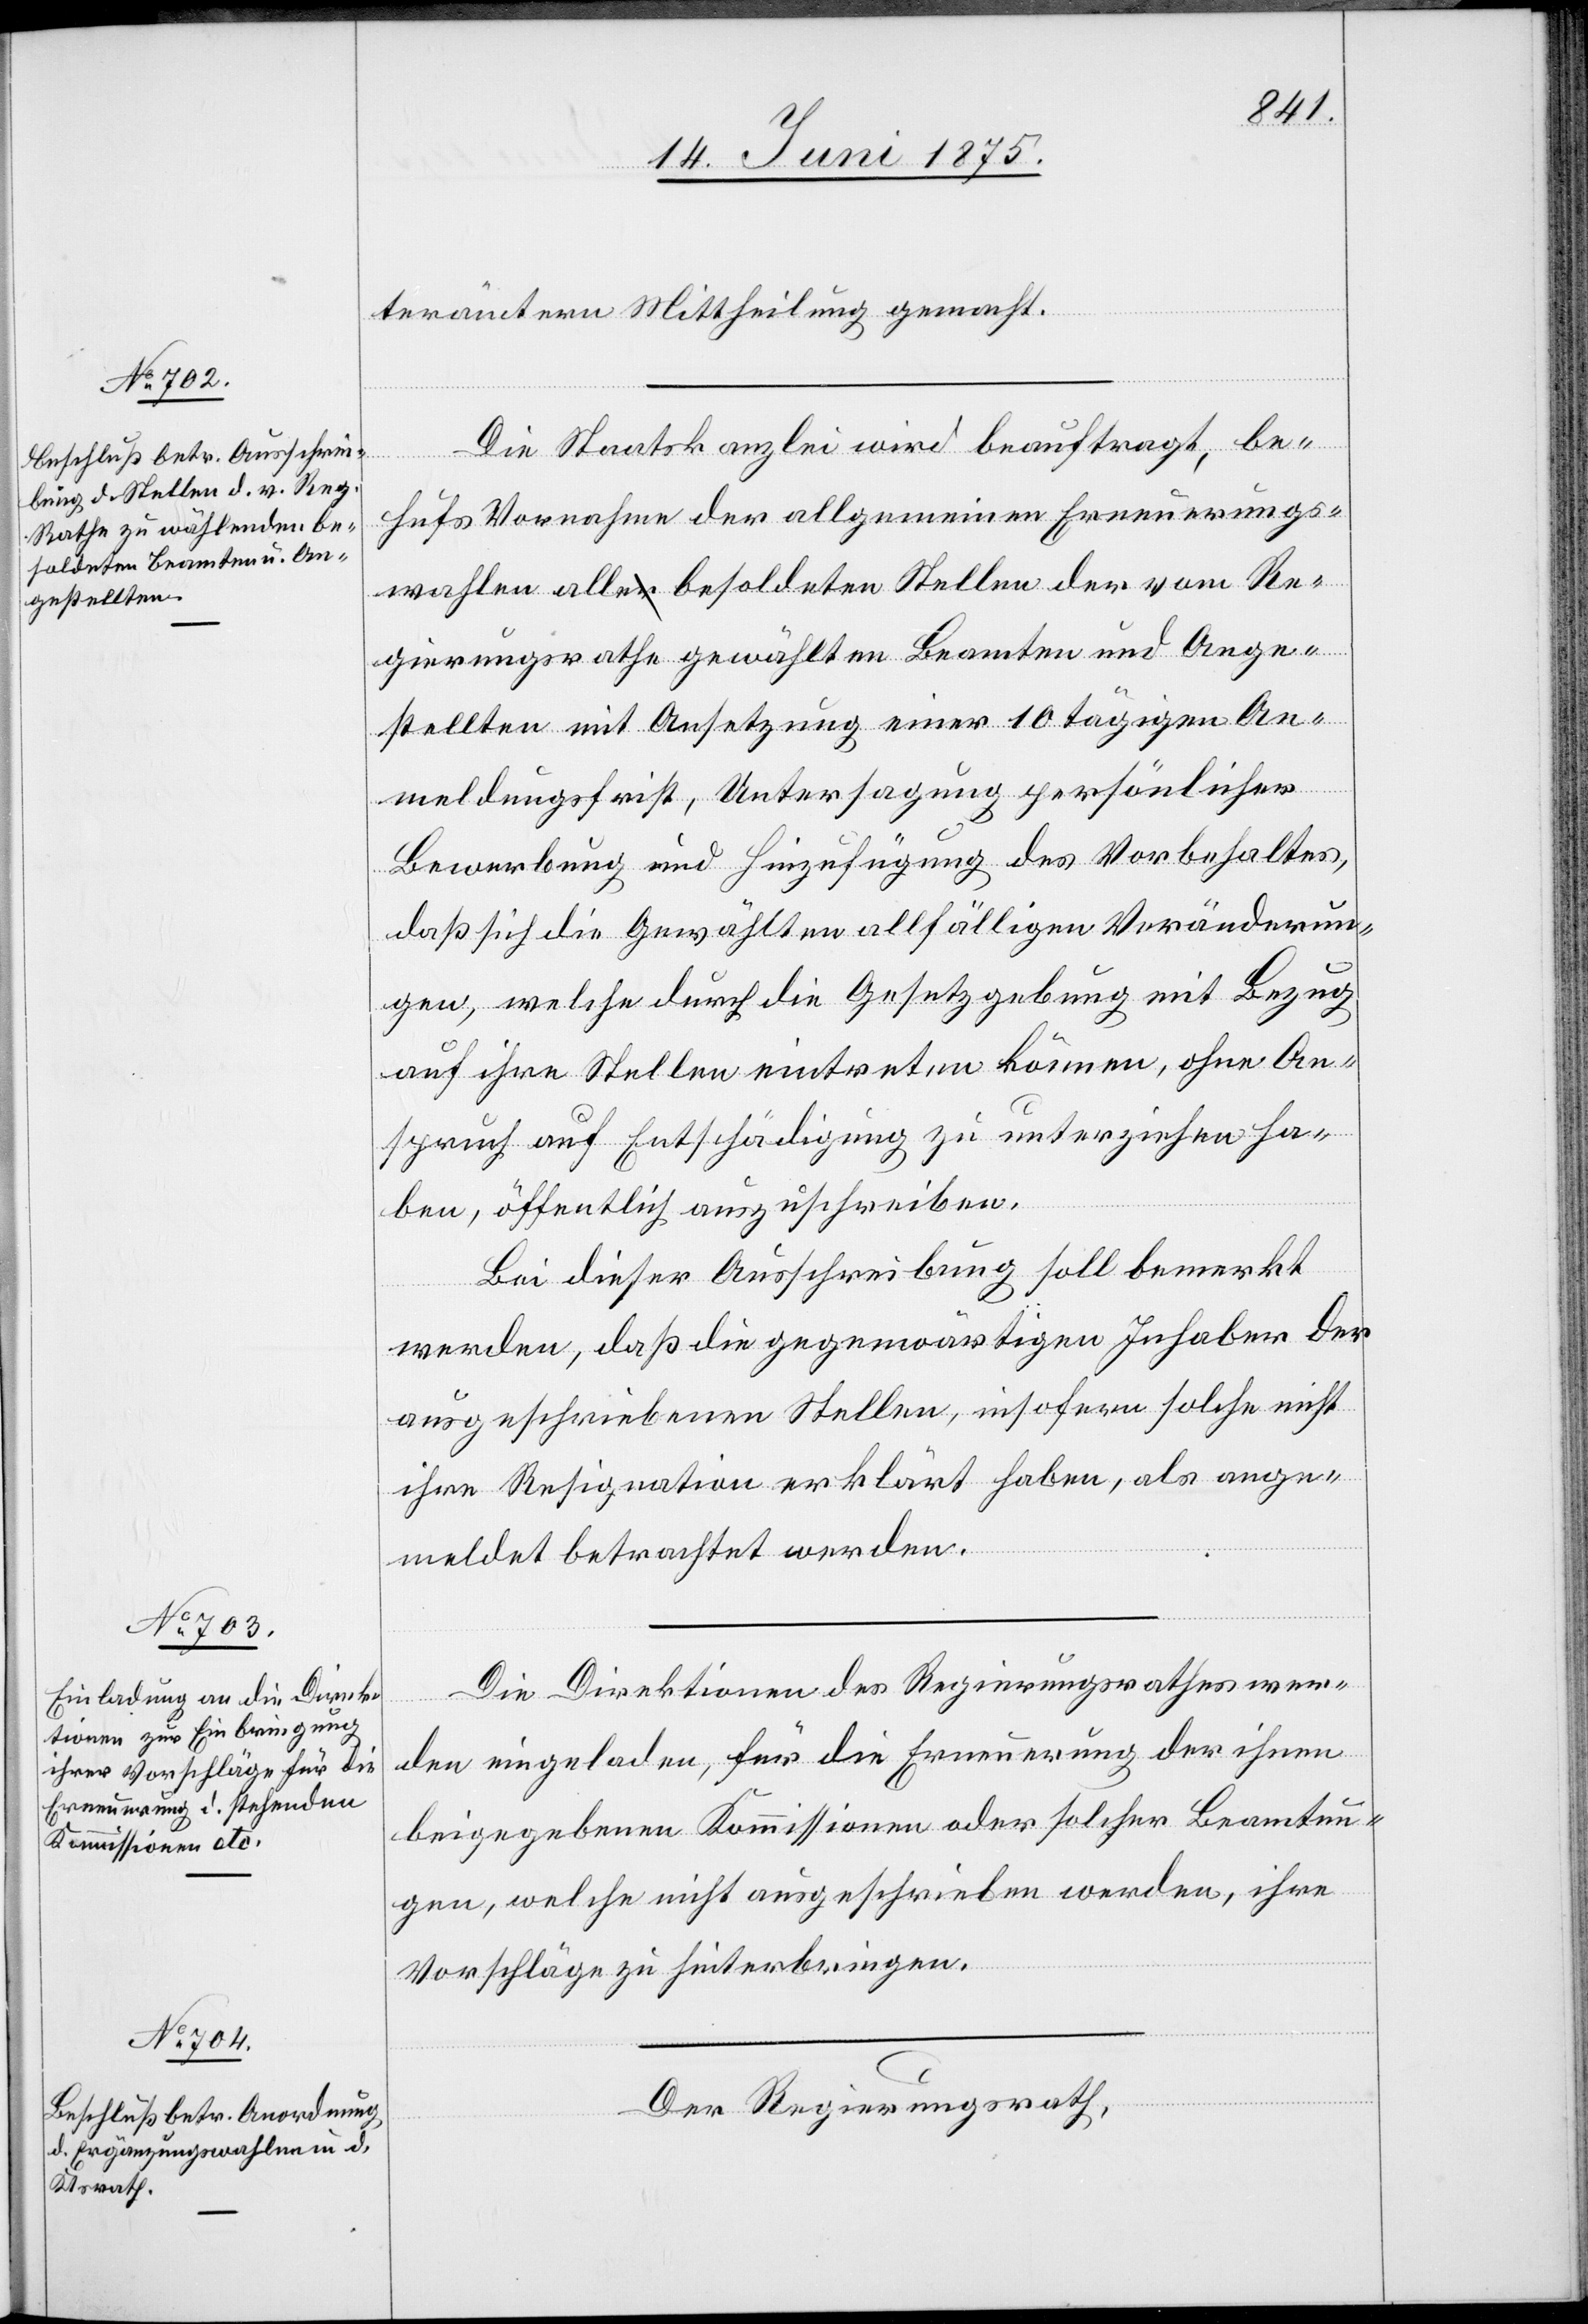
terämtern Mittheilung gemacht.
Die Staatskanzlei wird beauftragt, be¬
hufs Vornahme der allgemeinen Erneuerungs¬
wahlen alle besoldeten Stellen der vom Re¬
gierungsrathe gewählten Beamten und Ange¬
stellten mit Ansetzung einer 10 tägigen An¬
meldungsfrist, Untersagung persönlicher
Bewerbung und Hinzufügung des Vorbehaltes,
daß sich die gewählten allfälligen Veränderun¬
gen, welche durch die Gesetzgebung mit Bezug
auf ihre Stellen eintreten können, ohne An¬
spruch auf Entschädigung zu unterziehen ha¬
ben, öffentlich auszuschreiben.
Bei dieser Ausschreibung soll bemerkt
werden, daß die gegenwärtigen Inhaber der
ausgeschriebenen Stellen, insofern solche nicht
ihre Resignation erklärt haben, als ange¬
meldet betrachtet werden.
Die Direktionen des Regierungsrathes wer¬
den eingeladen, für die Erneuerung der ihnen
beigegebenen Kommissionen oder solcher Beamtun¬
gen, welche nicht ausgeschrieben werden, ihre
Vorschläge zu hinterbringen.
Der Regierungsrath,